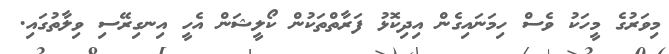
މިވަރުގެ މީހަކު ވެސް ހިމަނައިގެން އިދިކޮޅު ފަރާތްތަކުން ކޯލީޝަން އެހީ އިނގިރޭސި ވިލާތުގައި.